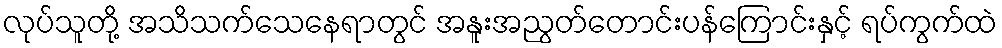
လုပ်သူတို့ အသိသက်သေနေရာတွင် အနူးအညွတ်တောင်းပန်ကြောင်းနှင့် ရပ်ကွက်ထဲ